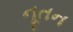
નૂતન